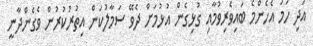
އަދި ހަމަ އެހެންމެ ބައިވެރިވުމާއި ގުޅިގެން އުޅުމަށް ދެވޭ ސަމާލުކަން އިތުރުކުރުން ވެގެންދާނީ